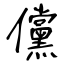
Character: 儻